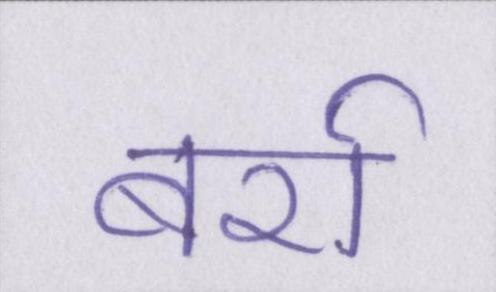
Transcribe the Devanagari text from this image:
बर्रा